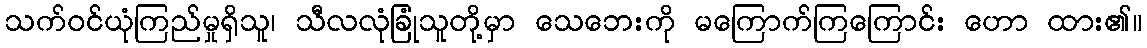
သက်ဝင်ယုံကြည်မှုရှိသူ၊ သီလလုံခြုံသူတို့မှာ သေဘေးကို မကြောက်ကြကြောင်း ဟော ထား၏။